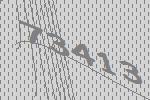
73413